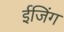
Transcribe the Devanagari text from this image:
ईजिंग